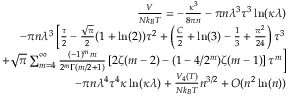
\begin{array} { r l r } & { } & { \frac { V } { N k _ { B } T } = - \frac { \kappa ^ { 3 } } { 8 \pi n } - \pi n \lambda ^ { 3 } \tau ^ { 3 } \ln ( \kappa \lambda ) } \\ & { } & { - \pi n \lambda ^ { 3 } \left[ \frac { \tau } { 2 } - \frac { \sqrt { \pi } } { 2 } ( 1 + \ln ( 2 ) ) \tau ^ { 2 } + \left( \frac { C } { 2 } + \ln ( 3 ) - \frac { 1 } { 3 } + \frac { \pi ^ { 2 } } { 2 4 } \right) \tau ^ { 3 } \right. } \\ & { } & { \left. + \sqrt { \pi } \sum _ { m = 4 } ^ { \infty } \frac { ( - 1 ) ^ { m } m } { 2 ^ { m } \Gamma ( m / 2 + 1 ) } \left[ 2 \zeta ( m - 2 ) - ( 1 - 4 / 2 ^ { m } ) \zeta ( m - 1 ) \right] \tau ^ { m } \right] } \\ & { } & { - \pi n \lambda ^ { 4 } \tau ^ { 4 } \kappa \ln ( \kappa \lambda ) + \frac { V _ { 4 } ( T ) } { N k _ { B } T } n ^ { 3 / 2 } + { \cal O } ( n ^ { 2 } \ln ( n ) ) } \end{array}